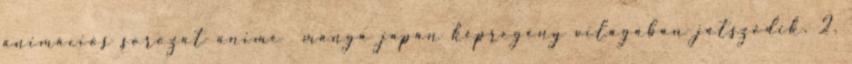
animációs sorozat anime manga japán képregény világában játszódik. 2.